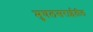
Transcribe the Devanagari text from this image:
मुघलसराईतील